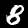
Label: 8